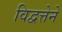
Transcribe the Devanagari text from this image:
विद्वत्तेने